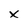
Character: x